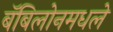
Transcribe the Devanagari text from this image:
बॅबिलोनमधले